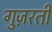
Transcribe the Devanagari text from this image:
गुज़रतीं